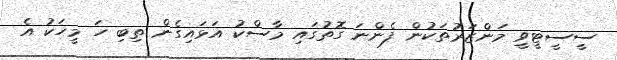
ސީސީޓީވީ މަންޒަރުތަކުން ފެންނަ ގޮތުގައި މާސްކު އަޅައިގެން ތިބި ހަ މީހަކު އެ